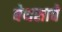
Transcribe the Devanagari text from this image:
बेथसाबे